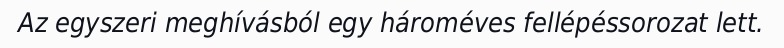
Az egyszeri meghívásból egy hároméves fellépéssorozat lett.